Annual report of the Prince of Wales Medical College, Patna
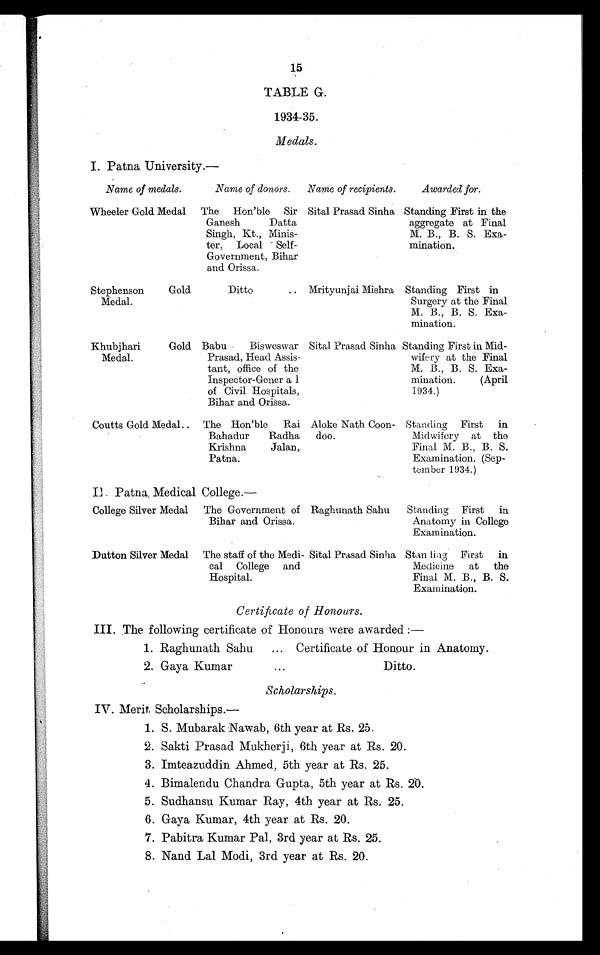
15
TABLE G.
1934–35.
Medals.
I. Patna University.—
Name of medals.
Name of donors.
Name of recipients.
Awarded for.
Wheeler Gold Medal
The Hon'ble Sir
Ganesh Datta
Singh, Kt., Minis-
ter, Local Self-
Government, Bihar
and Orissa.
Sital Prasad Sinha Standing First in the
aggregate at Final
M. B., B. S. Exa-
mination.
Stephenson Gold
Medal.
Ditto .. Mrityunjai Mishra Standing First in
Surgery at the Final
M. B., B. S. Exa-
mination.
Khubjhari Gold
Medal.
Babu Bisweswar
Prasad, Head Assis-
tant, office of the
Inspector-General
of Civil Hospitals,
Bihar and Orissa.
Sital Prasad Sinha Standing First in Mid-
wifery at the Final
M. B., B. S. Exa-
mination. (April
1934.)
Coutts Gold Medal.. The Hon'ble Rai
Bahadur Radha
Krishna Jalan,
Patna.
Aloke Nath Coon-
doo.
Standing First in
Midwifery at the
Final M. B., B. S.
Examination. (Sep-
tember 1934.)
II. Patna Medical College.
—
College Silver Medal
The Government of
Bihar and Orissa.
Raghunath Sahu
Standing First in
Anatomy in College
Examination.
Dutton Silver Medal The staff of the Medi-
cal College and
Hospital.
Sital Prasad Sinha Standing First in
Medicine
at
the
Final M. B., B. S.
Examination.
Certificate of Honours.
III. The following certificate of Honours were awarded :—
1. Raghunath Sahu
... Certificate of Honour in Anatomy.
2. Gaya Kumar
. . .
Ditto.
Scholarships.
IV. Merit Scholarships.—
1. S. Mubarak Nawab, 6th year at Rs. 25.
2. Sakti Prasad Mukherji, 6th year at Rs. 20.
3. Imteazuddin Ahmed, 5th year at Rs. 25.
4. Bimalendu Chandra Gupta, 5th year at Rs. 20.
5. Sudhansu Kumar Ray, 4th year at Rs. 25.
6. Gaya Kumar, 4th year at Rs. 20.
7. Pabitra Kumar Pal, 3rd year at Rs. 25.
8. Nand Lal Modi, 3rd year at Rs. 20.